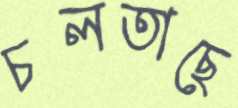
চলতাছে